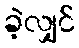
ခဲ့လျှင်